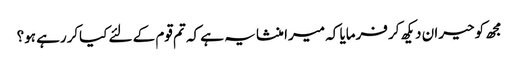
مجھ کو حیران دیکھ کر فرمایا کہ میرا منشا یہ ہے کہ تم قوم کے لئے کیاکررہے ہو؟